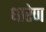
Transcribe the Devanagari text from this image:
धारेण